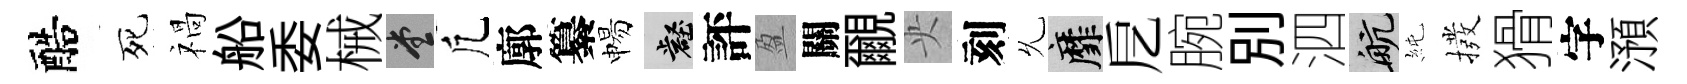
醅死禍船委械堂凢廓纂惕壑評盈關覼央刻𠃔靡戹腕別泗航純撥猾字澦